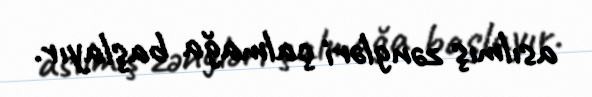
asılmış zəngləri çalmağa başlayır.